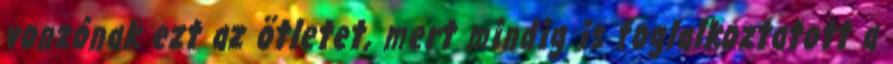
vonzónak ezt az ötletet, mert mindig is foglalkoztatott a